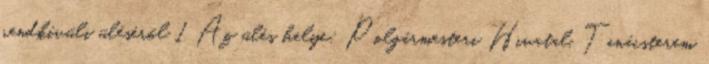
rendkívüli üléséről 1 Az ülés helye: Polgármesteri Hivatal, Tanácsterem